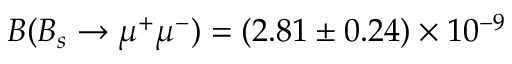
B ( B _ { s } \to \mu ^ { + } \mu ^ { - } ) = ( 2 . 8 1 \pm 0 . 2 4 ) \times 1 0 ^ { - 9 }